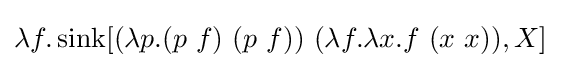
\lambda f.\operatorname {sink} [(\lambda p.(p\ f)\ (p\ f))\ (\lambda f.\lambda x.f\ (x\ x)),X]